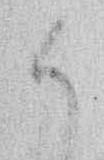
候